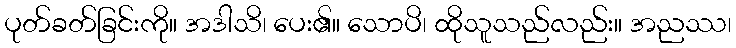
ပုတ်ခတ်ခြင်းကို။ အဒါသိ၊ ပေး၏။ သောပိ၊ ထိုသူသည်လည်း။ အညဿ၊